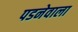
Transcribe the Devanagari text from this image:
पडनेवाला